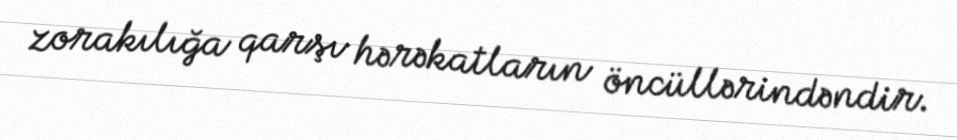
zorakılığa qarşı hərəkatların öncüllərindəndir.